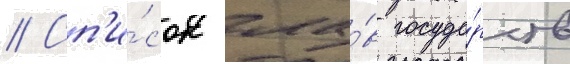
// Сп'и́сок гла́в госуда́рств